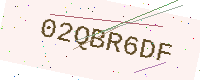
Text: 02QBR6DF